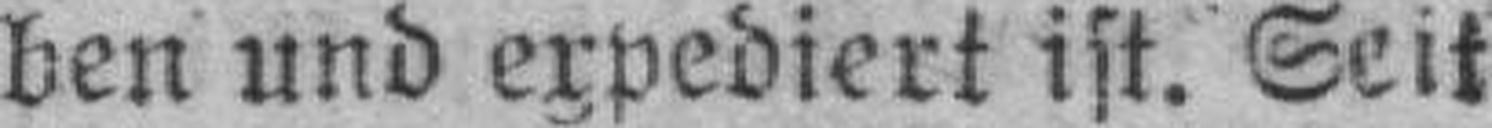
ben und expediert ist. Seit